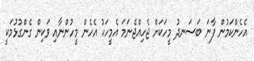
އެހެންކަމުން ފާނަ ބަސަނދު މީހަކަށް ޖެހިއްޖެނަމަ އެމީހަކު އެހެން މީހުންނާއި ވަކިން ގެންގުޅުމަކީ